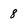
Character: 8